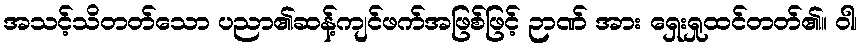
အသင့်သိတတ်သော ပညာ၏ဆန့်ကျင်ဖက်အဖြစ်ဖြင့် ဉာဏ် အား ရှေးရှုထင်တတ်၏။ ဝါ၊